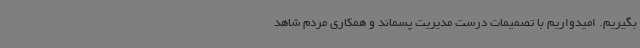
بگیریم. امیدواریم با تصمیمات درست مدیریت پسماند و همکاری مردم شاهد